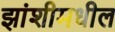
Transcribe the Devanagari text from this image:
झांशीमधील